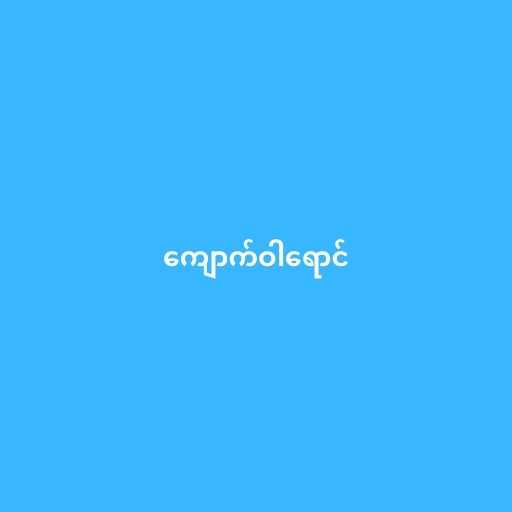
ကျောက်ဝါရောင်